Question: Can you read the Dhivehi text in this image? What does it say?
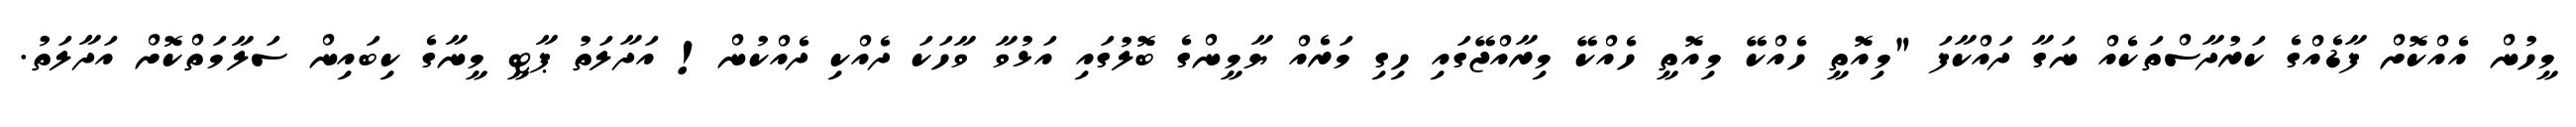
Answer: މީހުން އެއްކޮށް ފާޑެއްގެ ކަރުދާސްތަކެއް ނަގާ ދައްކާފަ "މިއޮތީ ހެއްކޭ މިއޮތީ ހެއްކޭ މިރާއްޖޭގައި ހިގި މަރެއް ޔާމީންގެ ބޮލުގައި އަޅުވާ ވާހަކަ ދެއްކި ދެއްކުން! އަދާލަތު ޕާޓީ މީނާގެ ކިބައިން ސަލާމަތްކޮށް އަދާލަތު.